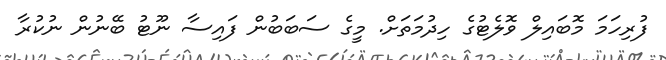
ފުރިހަމަ މޮބައިލް ވޮލެޓުގެ ހިދުމަތަށް. މީގެ ސަބަބުން ފައިސާ ނޫޓު ބޭނުން ނުކުރާ